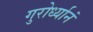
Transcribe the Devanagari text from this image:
गुरोर्ध्यानं